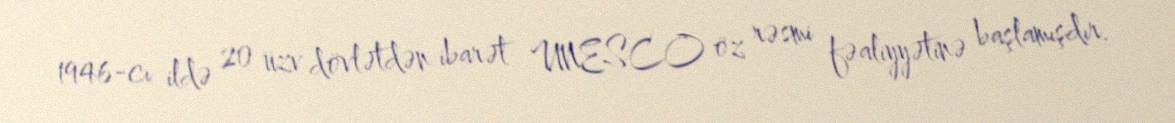
1946-cı ildə 20 üzv dövlətdən ibarət UNESCO öz rəsmi fəaliyyətinə başlamışdır.